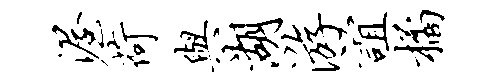
渥荷与湖游谊橘